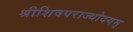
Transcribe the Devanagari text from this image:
श्रीशिवपराज्योदयम्